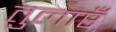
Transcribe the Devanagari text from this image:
तुलाएँ